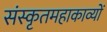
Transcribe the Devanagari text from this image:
संस्कृतमहाकाव्यों